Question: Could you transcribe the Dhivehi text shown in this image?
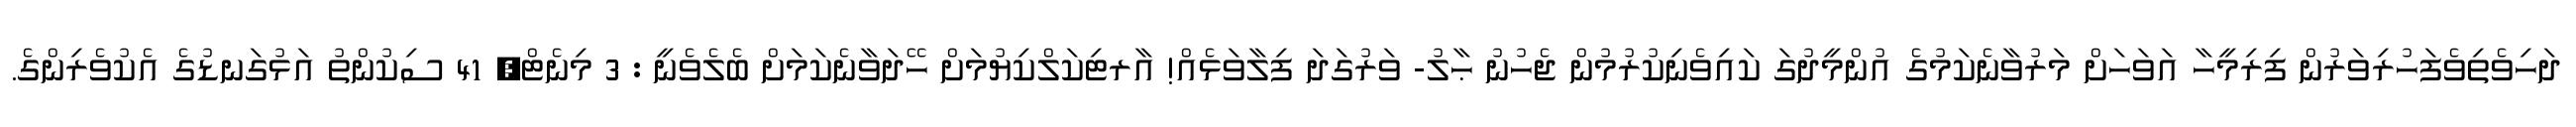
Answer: ދަހިވެތިވެފަހުރިވަރުން ފިރިމީހާ އަވަހަށް މަރުވާނެކަމުގެ އުންމީދުގަ ކައިވެނިކުރުމުން ޖެހުނު ޙާލު- ވަރުގަދަ ފިލާވަޅެއް! އާރޓިކަލްކިޔުމަށް ހޭދަވާނެކަމަށް ބެލެވެނީ : 3 މިނެޓް, 41 ސިކުންތު އަޅުގަނޑުގެ އެކުވެރިންގެ.